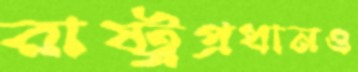
রাষ্ট্রপ্রধানও